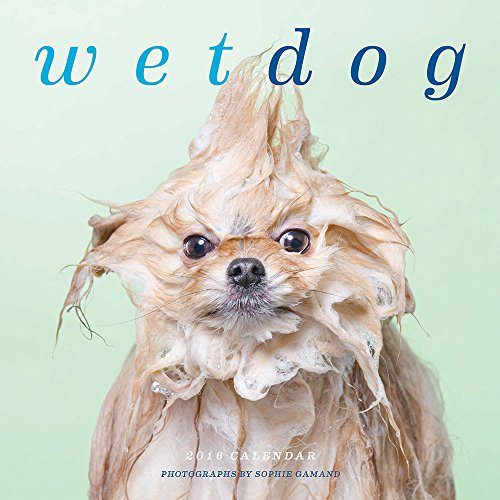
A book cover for Wet Dog 2016 Wall Calendar; Sophie Gamand; Calendars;